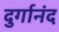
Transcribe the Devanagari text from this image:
दुर्गानंद